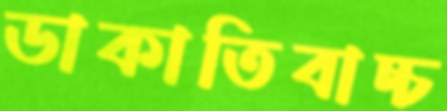
ডাকাতিবাচ্চ